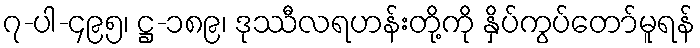
၇-ပါ-၄၉၅၊ ဋ္ဌ-၁၈၉၊ ဒုဿီလရဟန်းတို့ကို နှိပ်ကွပ်တော်မူရန်